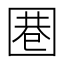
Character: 𱖃